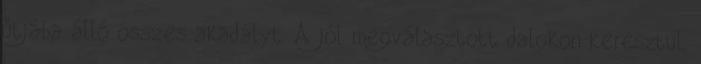
útjába álló összes akadályt. A jól megválasztott dalokon keresztül,